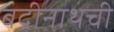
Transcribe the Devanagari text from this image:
बद्रीनाथची